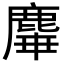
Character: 𪊩